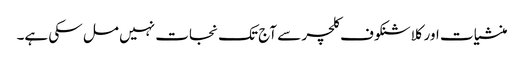
منشیات اور کلاشنکوف کلچر سے آج تک نجات نہیں مل سکی ہے۔